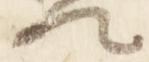
卿